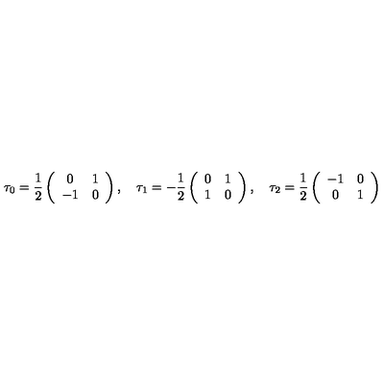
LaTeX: \tau _ { 0 } = \frac 1 2 \left( \begin{array} { c c } { 0 } & { 1 } \\ { - 1 } & { 0 } \\ \end{array} \right) , \quad \tau _ { 1 } = - \frac 1 2 \left( \begin{array} { c c } { 0 } & { 1 } \\ { 1 } & { 0 } \\ \end{array} \right) , \quad \tau _ { 2 } = \frac 1 2 \left( \begin{array} { c c } { - 1 } & { 0 } \\ { 0 } & { 1 } \\ \end{array} \right) \,